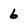
Character: 6